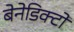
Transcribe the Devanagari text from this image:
बेनेडिक्टो